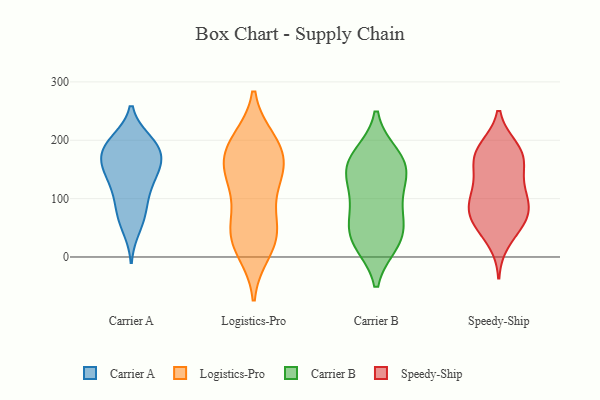
{"axis": {"x": "Gross Profit (USD K)", "y": "Value"}, "legend": ["Carrier A", "Carrier B", "Logistics-Pro", "Speedy-Ship"], "data": [{"x": "", "y": 173, "type": "Carrier A"}, {"x": "", "y": 49, "type": "Carrier A"}, {"x": "", "y": 100, "type": "Carrier A"}, {"x": "", "y": 76, "type": "Carrier A"}, {"x": "", "y": 193, "type": "Carrier A"}, {"x": "", "y": 153, "type": "Carrier A"}, {"x": "", "y": 163, "type": "Carrier A"}, {"x": "", "y": 177, "type": "Carrier A"}, {"x": "", "y": 130, "type": "Carrier A"}, {"x": "", "y": 68, "type": "Carrier A"}, {"x": "", "y": 111, "type": "Carrier A"}, {"x": "", "y": 147, "type": "Carrier A"}, {"x": "", "y": 199, "type": "Carrier A"}, {"x": "", "y": 197, "type": "Carrier A"}, {"x": "", "y": 146, "type": "Carrier A"}, {"x": "", "y": 191, "type": "Carrier A"}, {"x": "", "y": 193, "type": "Logistics-Pro"}, {"x": "", "y": 119, "type": "Logistics-Pro"}, {"x": "", "y": 167, "type": "Logistics-Pro"}, {"x": "", "y": 144, "type": "Logistics-Pro"}, {"x": "", "y": 139, "type": "Logistics-Pro"}, {"x": "", "y": 10, "type": "Logistics-Pro"}, {"x": "", "y": 32, "type": "Logistics-Pro"}, {"x": "", "y": 140, "type": "Logistics-Pro"}, {"x": "", "y": 39, "type": "Logistics-Pro"}, {"x": "", "y": 199, "type": "Logistics-Pro"}, {"x": "", "y": 55, "type": "Logistics-Pro"}, {"x": "", "y": 179, "type": "Logistics-Pro"}, {"x": "", "y": 68, "type": "Logistics-Pro"}, {"x": "", "y": 193, "type": "Logistics-Pro"}, {"x": "", "y": 25, "type": "Logistics-Pro"}, {"x": "", "y": 163, "type": "Carrier B"}, {"x": "", "y": 160, "type": "Carrier B"}, {"x": "", "y": 138, "type": "Carrier B"}, {"x": "", "y": 144, "type": "Carrier B"}, {"x": "", "y": 30, "type": "Carrier B"}, {"x": "", "y": 53, "type": "Carrier B"}, {"x": "", "y": 25, "type": "Carrier B"}, {"x": "", "y": 173, "type": "Carrier B"}, {"x": "", "y": 85, "type": "Carrier B"}, {"x": "", "y": 33, "type": "Carrier B"}, {"x": "", "y": 96, "type": "Carrier B"}, {"x": "", "y": 115, "type": "Speedy-Ship"}, {"x": "", "y": 57, "type": "Speedy-Ship"}, {"x": "", "y": 58, "type": "Speedy-Ship"}, {"x": "", "y": 185, "type": "Speedy-Ship"}, {"x": "", "y": 166, "type": "Speedy-Ship"}, {"x": "", "y": 83, "type": "Speedy-Ship"}, {"x": "", "y": 86, "type": "Speedy-Ship"}, {"x": "", "y": 98, "type": "Speedy-Ship"}, {"x": "", "y": 64, "type": "Speedy-Ship"}, {"x": "", "y": 148, "type": "Speedy-Ship"}, {"x": "", "y": 188, "type": "Speedy-Ship"}, {"x": "", "y": 62, "type": "Speedy-Ship"}, {"x": "", "y": 117, "type": "Speedy-Ship"}, {"x": "", "y": 157, "type": "Speedy-Ship"}, {"x": "", "y": 25, "type": "Speedy-Ship"}, {"x": "", "y": 188, "type": "Speedy-Ship"}, {"x": "", "y": 167, "type": "Speedy-Ship"}, {"x": "", "y": 98, "type": "Speedy-Ship"}]}